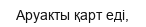
Аруакты қарт еді,